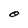
Character: O